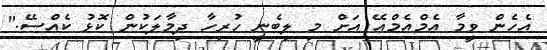
އެހެން ވީމާ އެމްއެމްއޭ އަށް މި ލިބެނީ ހުރިހާ ދިމާލަކުން ކޮޅު ކެއްސޭ."